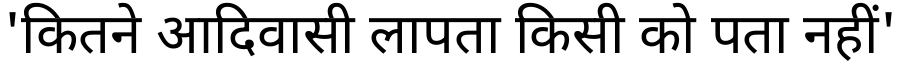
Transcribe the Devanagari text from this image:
'कितने आदिवासी लापता किसी को पता नहीं'